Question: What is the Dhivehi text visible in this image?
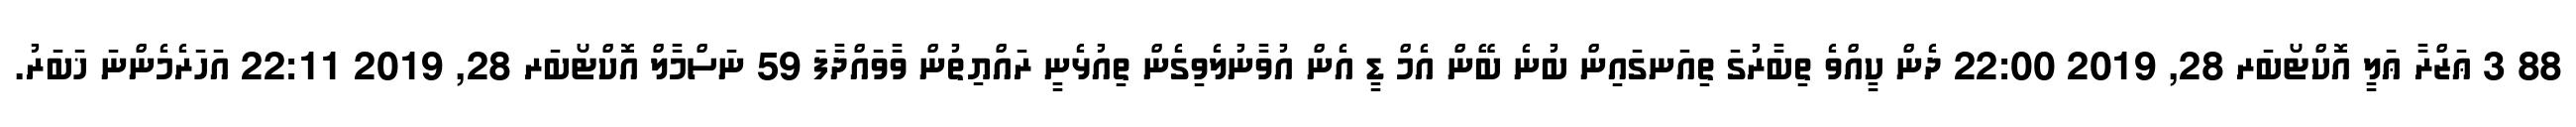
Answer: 88 3 ޢަޒްރާ ޢަލީ އޮކްޓޯބަރ 28, 2019 22:00 ދެން ކީއްވެ ތިބާރުގަ ތިއަނގައިން ބުނެ ބޭން އެމް ޑީ އެން އުވާނުލެވިގެން ތިއުޅެނީ ރައްޔިތުން ވާވައްދާފަ 59 ނަސްމާލް އޮކްޓޯބަރ 28, 2019 22:11 އަހަރެމެންނަ ޚަބަރު.